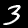
Digit: 3